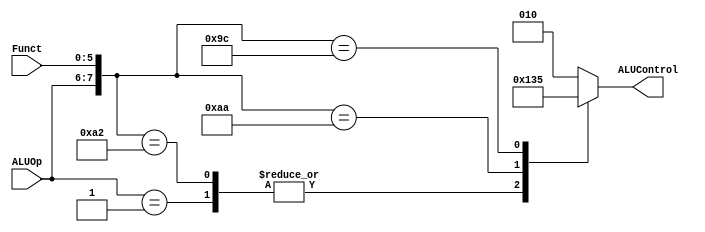
// Module Name: ALU Decoder
// Project Name: Mips Processor

module alu_decoder
(
	input [5:0] Funct,
	input [1:0] ALUOp,
  	output reg [2:0] ALUControl
);
always @(*) 
begin
  ALUControl=3'b0;
  casex ({ALUOp,Funct})
    8'b00xxxxxx:
	begin
      	ALUControl= 010;
    	end 
    8'b01xxxxxx:
	begin
      	ALUControl=100;
    	end
    8'b10100000:
	begin
      	ALUControl=010;
    	end
    8'b10100010:
	begin
      	ALUControl=100;
   	end
    8'b10101010:
	begin
      	ALUControl=110;
    	end
    8'b10011100:
	begin
      	ALUControl=101;
    	end
    default: 
	begin
      	ALUControl=010;
    end
  endcase
end
  
endmodule